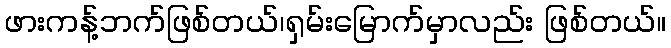
ဖားကန့်ဘက်ဖြစ်တယ်၊ရှမ်းမြောက်မှာလည်း ဖြစ်တယ်။